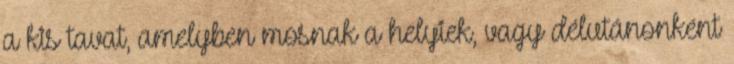
a kis tavat, amelyben mosnak a helyiek, vagy délutánonként